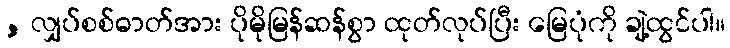
, လျှပ်စစ်ဓာတ်အား ပိုမိုမြန်ဆန်စွာ ထုတ်လုပ်ပြီး မြေပုံကို ချဲ့ထွင်ပါ။